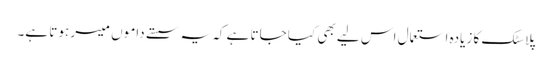
پلاسٹک کا زیادہ استعمال اس لیے بھی کیا جاتا ہے کہ یہ سستے داموں میسر ہوتا ہے۔